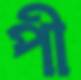
পী